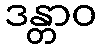
ဒန္တာဝ